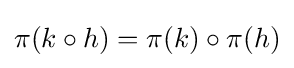
\pi (k\circ h)=\pi (k)\circ \pi (h)